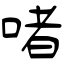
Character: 啫